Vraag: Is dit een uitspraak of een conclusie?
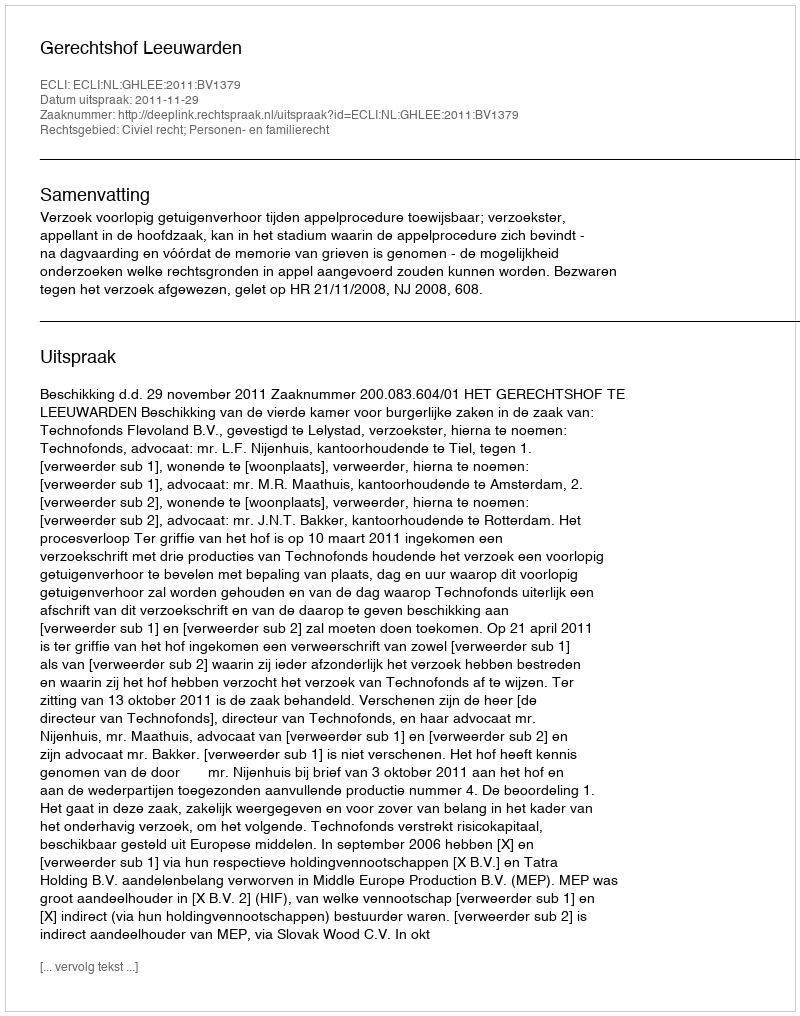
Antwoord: Uitspraak